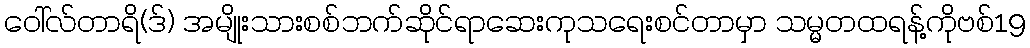
ဝေါ်လ်တာရိ(ဒ်) အမျိုးသားစစ်ဘက်ဆိုင်ရာဆေးကုသရေးစင်တာမှာ သမ္မတထရန့်ကိုဗစ်19